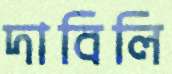
দাবিলি